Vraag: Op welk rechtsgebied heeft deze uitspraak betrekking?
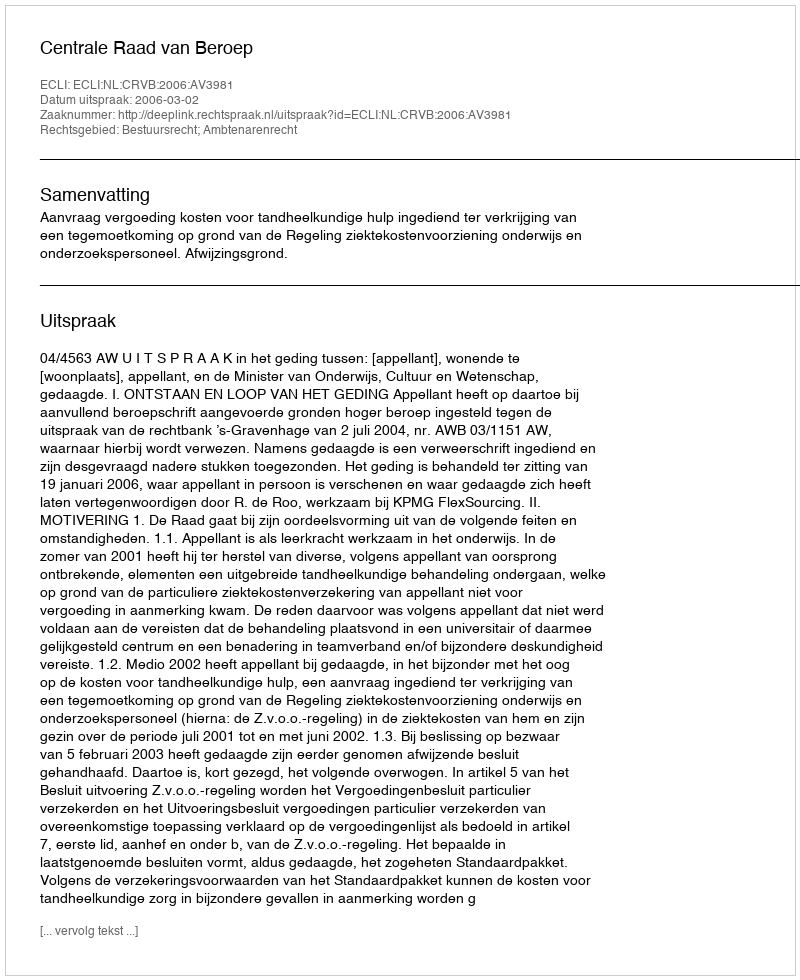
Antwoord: Bestuursrecht; Ambtenarenrecht